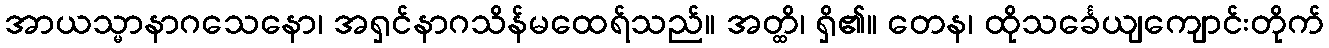
အာယသ္မာနာဂသေနော၊ အရှင်နာဂသိန်မထေရ်သည်။ အတ္ထိ၊ ရှိ၏။ တေန၊ ထိုသင်္ခေယျကျောင်းတိုက်